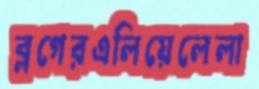
ব্লগেরএলিয়েলেলা